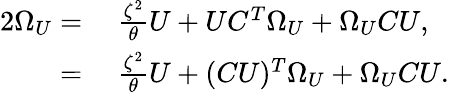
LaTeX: \begin{array}{rl}{2\Omega_{U}=}&{{}\ \frac{\zeta^{2}}{\theta}U+UC^{T}\Omega_{U}+\Omega_{U}CU,}\\ {=}&{{}\ \frac{\zeta^{2}}{\theta}U+(CU)^{T}\Omega_{U}+\Omega_{U}CU.}\end{array}